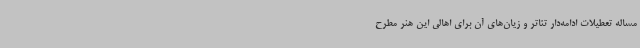
مساله تعطیلات ادامه‌دار تئاتر و زیان‌های آن برای اهالی این هنر مطرح